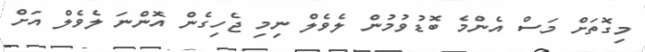
މިގޮތަށް މަސް އެންމެ ބޮޑުވުމުން ލެވެލް ނިމި ޖެހިގެން އޮންނަ ލެވެލް އަށް